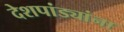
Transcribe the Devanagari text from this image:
देशपांड्यांना